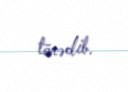
törədib.